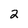
Character: 2